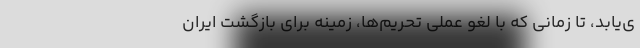
ی‌یابد، تا زمانی که با لغو عملی تحریم‌ها، زمینه برای بازگشت ایران